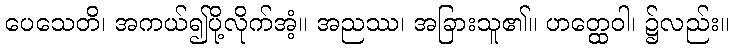
ပေသေတိ၊ အကယ်၍ပို့လိုက်အံ့။ အညဿ၊ အခြားသူ၏။ ဟတ္ထေဝါ၊ ၌လည်း။